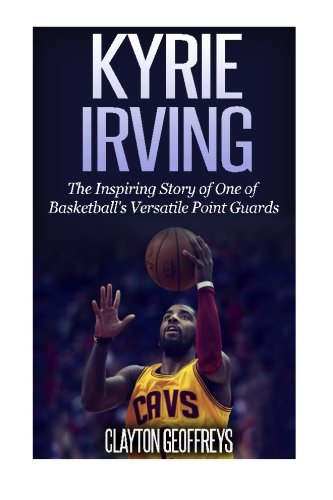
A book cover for Kyrie Irving: The Inspiring Story of One of Basketball's Most Versatile Point Guards; Clayton Geoffreys; Children's Books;